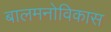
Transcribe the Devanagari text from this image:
बालमनोविकास